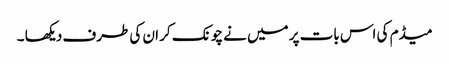
میڈم کی اس بات پر میں نے چونک کر ان کی طرف دیکھا ۔